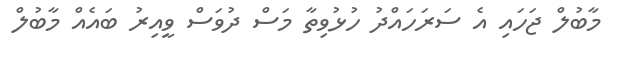
މާބުލް ޖަހައި އެ ސަރަހައްދު ހުޅުވިތާ މަސް ދުވަސް ވީއިރު ބައެއް މާބުލް